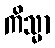
ကိသ္မာ